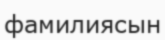
фамилиясын